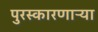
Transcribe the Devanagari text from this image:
पुरस्कारणाऱ्या